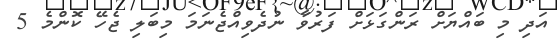
އަދި މި ބައްޔަށް ރަންގަޅަށް ފަރުވާ ނުދެވިއްޖެނަމަ މިބަލި ޖެހޭ ކޮންމެ 5